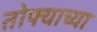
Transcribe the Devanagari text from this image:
तोफ्याच्या